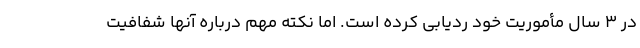
در ۳ سال مأموریت خود ردیابی کرده است. اما نکته مهم درباره آنها شفافیت